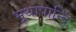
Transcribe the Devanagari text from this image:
भूथापान्दि